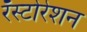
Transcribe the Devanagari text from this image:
रॅस्टोरेशन